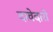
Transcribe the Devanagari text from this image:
दावेदारो